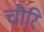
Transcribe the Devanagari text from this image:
चौरि